Vaccination in Bombay 1869-1873 - 1869-1873
Year: 1869
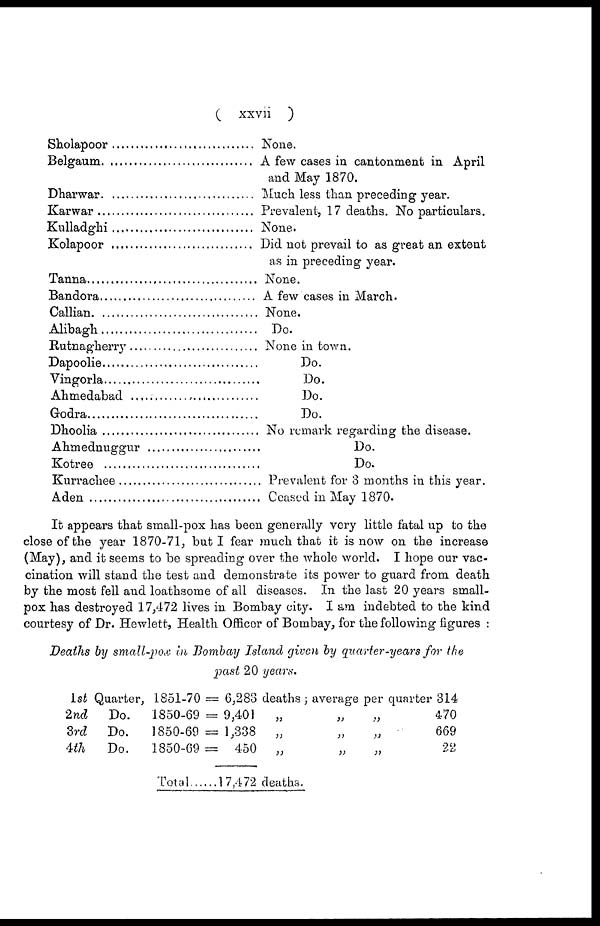
( xxvii )
Sholapoor ..........................
Belgaum. ...............................
Dharwar. .......................
Karwar .............................
Kulladghi ............................
Kolapoor .............................
Tanna ...................................
Bandora.................................
Callian. ..................................
Alibagh ..................................
Rutnagherry ...........................
Dapoolie...............................
Vingorla................................
Ahmedabad ..........................
Godra....................................
Dhoolia ................................
Ahmednuggur ......................
Kotree ..................................
Kurrachee ............................
Aden ....................................
None.
A few cases in cantonment in April
and May 1870.
Much less than preceding year.
Prevalent, 17 deaths. No particulars.
None.
Did not prevail to as great an extent
as in preceding year.
None.
A few cases in March.
None.
Do.
None in town.
Do.
Do.
Do.
Do.
No remark regarding the disease.
Do.
Do.
Prevalent for 3 months in this year.
Ceased in May 1870.
It appears that small-pox has been generally very little fatal up to the
close of the year 1870-71, but I fear much that it is now on the increase
(May), and it seems to be spreading over the whole world. I hope our vac-
cination will stand the test and demonstrate its power to guard from death
by the most fell and loathsome of all diseases. In the last 20 years small-
pox has destroyed 17,472 lives in Bombay city. I am indebted to the kind
courtesy of Dr. Hewlett, Health Officer of Bombay, for the following figures :
Deaths by small-pox in Bombay Island given by quarter-years for the
past 20 years.
1st Quarter, 1851-70 = 6,283 deaths ; average per quarter
2nd
Do.
1850-69 = 9,401
„
„
„
3rd
Do.
1850-69 = 1,338
„
„
„
4th
Do.
1850-69 =
450
„
„
„
Total
17,472 deaths.
314
470
669
22